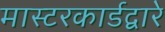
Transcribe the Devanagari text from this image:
मास्टरकार्डद्वारे